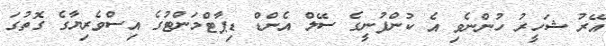
އޭރު ޝަހީރު ހުންނެވި އެ ކުންފުނީގެ ސޭލް އެންޑް ޑިޕާޓްމަންޓުގެ އިސްވެރިޔާގެ ގޮތުގަ